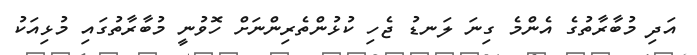
އަދި މުބާރާތުގެ އެންމެ ގިނަ ލަނޑު ޖެހި ކުޅުންތެރިންނަށް ހޮވުނީ މުބާރާތުގައި މުޅިއަކު